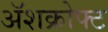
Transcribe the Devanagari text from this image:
ॲशक्रोफ्ट